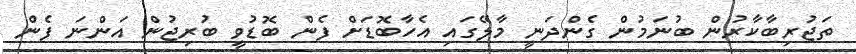
ތަޖުރިބާކާރުން ބުނަމުން ގެންދަނީ މާލޭގައި އެހާބޮޑަށް ފެން ބޮޑުވީ ބުރިޖުން އަންނަ ފެން